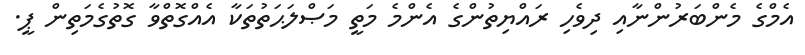
އެމްގެ މެންބަރުންނާއި ދިވެހި ރައްޔިތުންގެ އެންމެ މަތީ މަޞްލަޙަތުތަކާ އެއްގޮތްވާ ގޮތުގެމަތިން ޕީ.